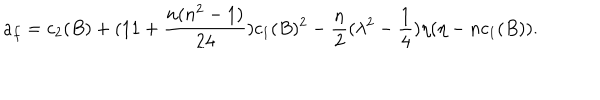
LaTeX: a _ { f } = c _ { 2 } ( B ) + ( 1 1 + \frac { n ( n ^ { 2 } - 1 ) } { 2 4 } ) c _ { 1 } ( B ) ^ { 2 } - \frac { n } { 2 } ( \lambda ^ { 2 } - \frac { 1 } { 4 } ) \eta ( \eta - n c _ { 1 } ( B ) ) .